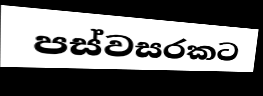
පස්වසරකට